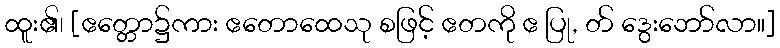
ထူး၏၊ [ဧတ္တော၌ကား ဧတောထေသု စဖြင့် ဧတကို ဧ ပြု, တ် ဒွေးဘော်လာ။]